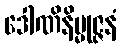
ဒေါဏိနိမ္မုဇ္ဇနံ